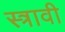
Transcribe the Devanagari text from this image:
स्त्रावी